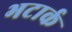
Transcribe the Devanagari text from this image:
भटार्क